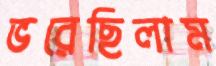
ভরেছিলাম